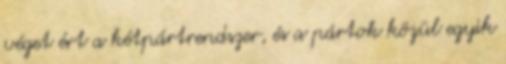
véget ért a kétpártrendszer, és a pártok közül egyik